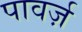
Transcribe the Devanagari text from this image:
पावर्ज़